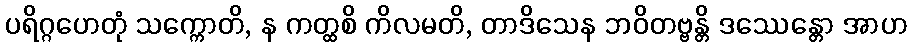
ပရိဂ္ဂဟေတုံ သက္ကောတိ, န ကတ္ထစိ ကိလမတိ, တာဒိသေန ဘဝိတဗ္ဗန္တိ ဒဿေန္တော အာဟ